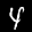
Label: 4